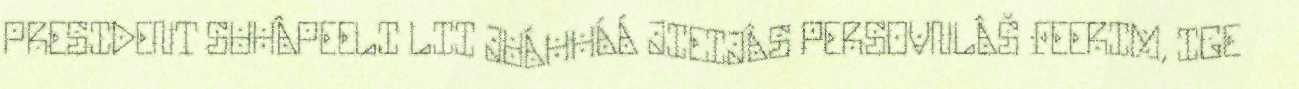
PRESIDENT SUHÂPEELI LII JUÁHHÁÁ JIEIJÂS PERSOVNLÂŠ FEERIM, IGE